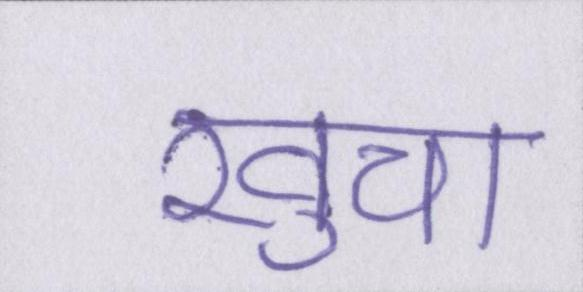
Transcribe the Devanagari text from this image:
खुचा